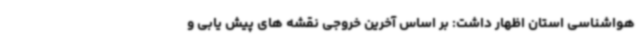
هواشناسی استان اظهار داشت: بر اساس آخرین خروجی نقشه های پیش یابی و